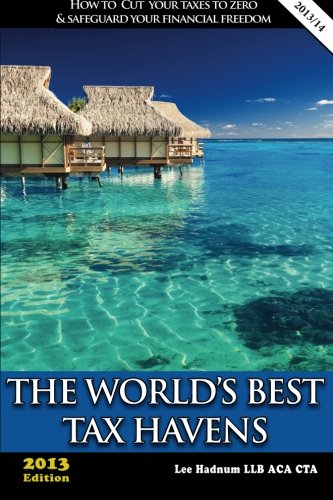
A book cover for The World's Best Tax Havens: How to Cut Your Taxes to Zero & Safeguard Your Financial Freedom; Lee Hadnum; Law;